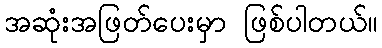
အဆုံးအဖြတ်ပေးမှာ ဖြစ်ပါတယ်။